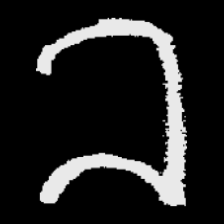
Pyu character \u2014 Myanmar letter: ခ (romanized: kha)